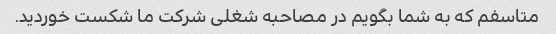
متاسفم که به شما بگویم در مصاحبه شغلی شرکت ما شکست خوردید.